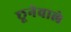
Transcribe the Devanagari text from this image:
छूनेवाले